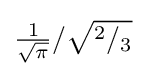
{\tfrac {1}{\sqrt {\pi }}}/{\sqrt {^{2}/_{3}}}